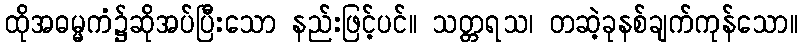
ထိုအဓမ္မကံ၌ဆိုအပ်ပြီးသော နည်းဖြင့်ပင်။ သတ္တရသ၊ တဆဲ့ခုနစ်ချက်ကုန်သော။